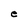
Character: e